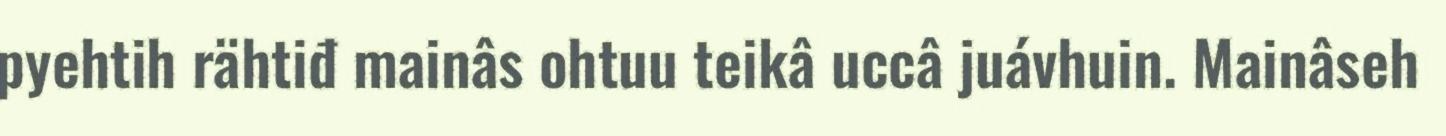
pyehtih rähtiđ mainâs ohtuu teikâ uccâ juávhuin. Mainâseh